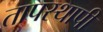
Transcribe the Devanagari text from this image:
तापस्थापी